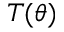
T ( \theta )